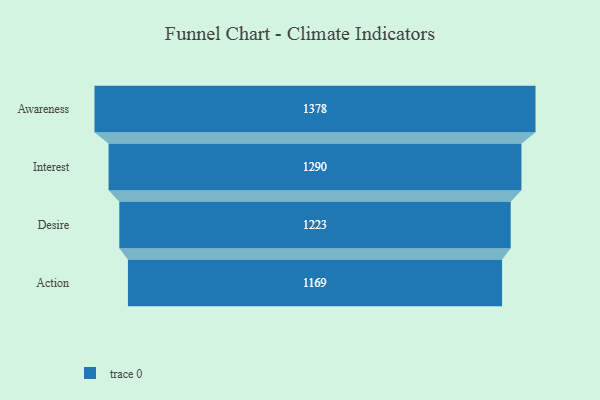
{"axis": {"x": "Stage", "y": "Value"}, "legend": [""], "data": [{"x": "Awareness", "y": 1378.0, "type": ""}, {"x": "Interest", "y": 1290.0, "type": ""}, {"x": "Desire", "y": 1223.0, "type": ""}, {"x": "Action", "y": 1169.0, "type": ""}]}